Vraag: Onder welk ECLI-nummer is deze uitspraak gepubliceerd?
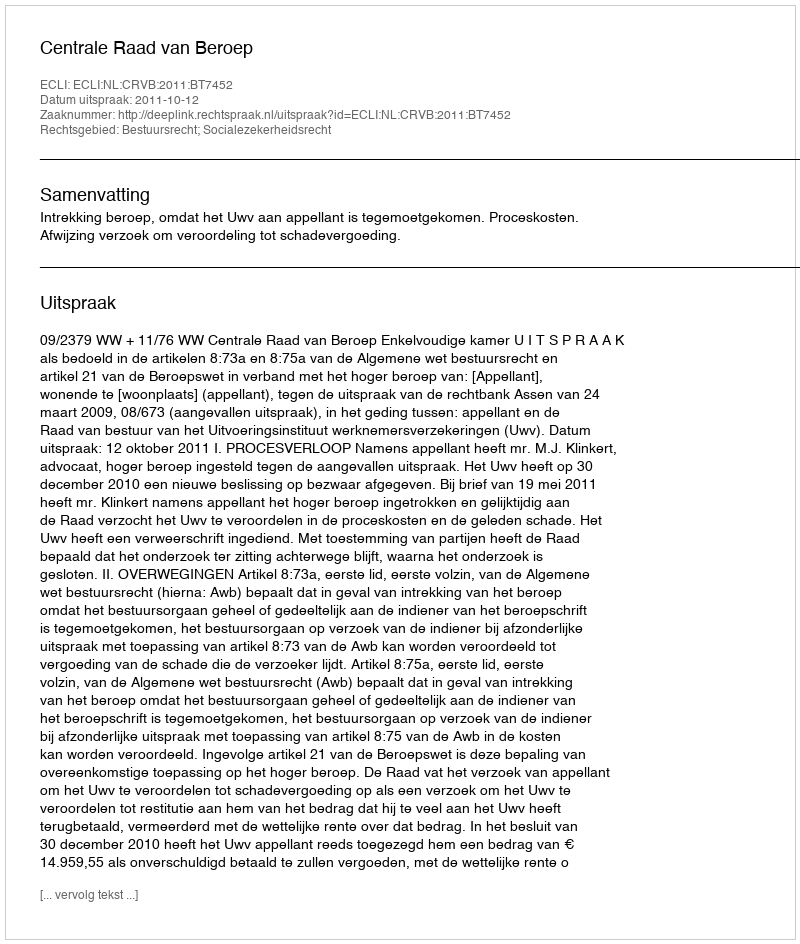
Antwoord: ECLI:NL:CRVB:2011:BT7452